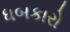
ધબકારો